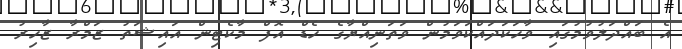
އެ ބައްދަލުވުމުގައި ވާހަކަދައްކަވަމުން ވަތަނިއްޔާގެ ހެޑް އޮފް މާކެޓިން އައިޝަތު ޒަމްރާ ޒާހިރު